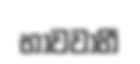
භාවවාහී